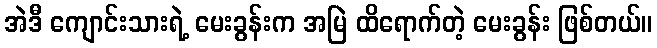
အဲဒီ ကျောင်းသားရဲ့ မေးခွန်းက အမြဲ ထိရောက်တဲ့ မေးခွန်း ဖြစ်တယ်။